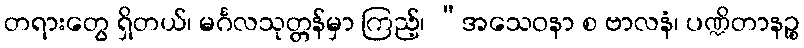
တရားတွေ ရှိတယ်၊ မင်္ဂလသုတ္တန်မှာ ကြည့်၊ “အသေဝနာ စ ဗာလနံ၊ ပဏ္ဍိတာနဉ္စ